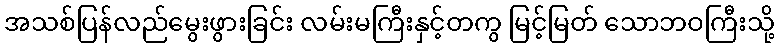
အသစ်ပြန်လည်မွေးဖွားခြင်း လမ်းမကြီးနှင့်တကွ မြင့်မြတ် သောဘဝကြီးသို့